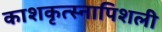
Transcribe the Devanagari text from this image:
काशकृत्स्नापिशली